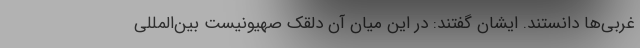
غربی‌ها دانستند. ایشان گفتند: در این میان آن دلقک صهیونیست بین‌المللی